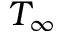
T _ { \infty }